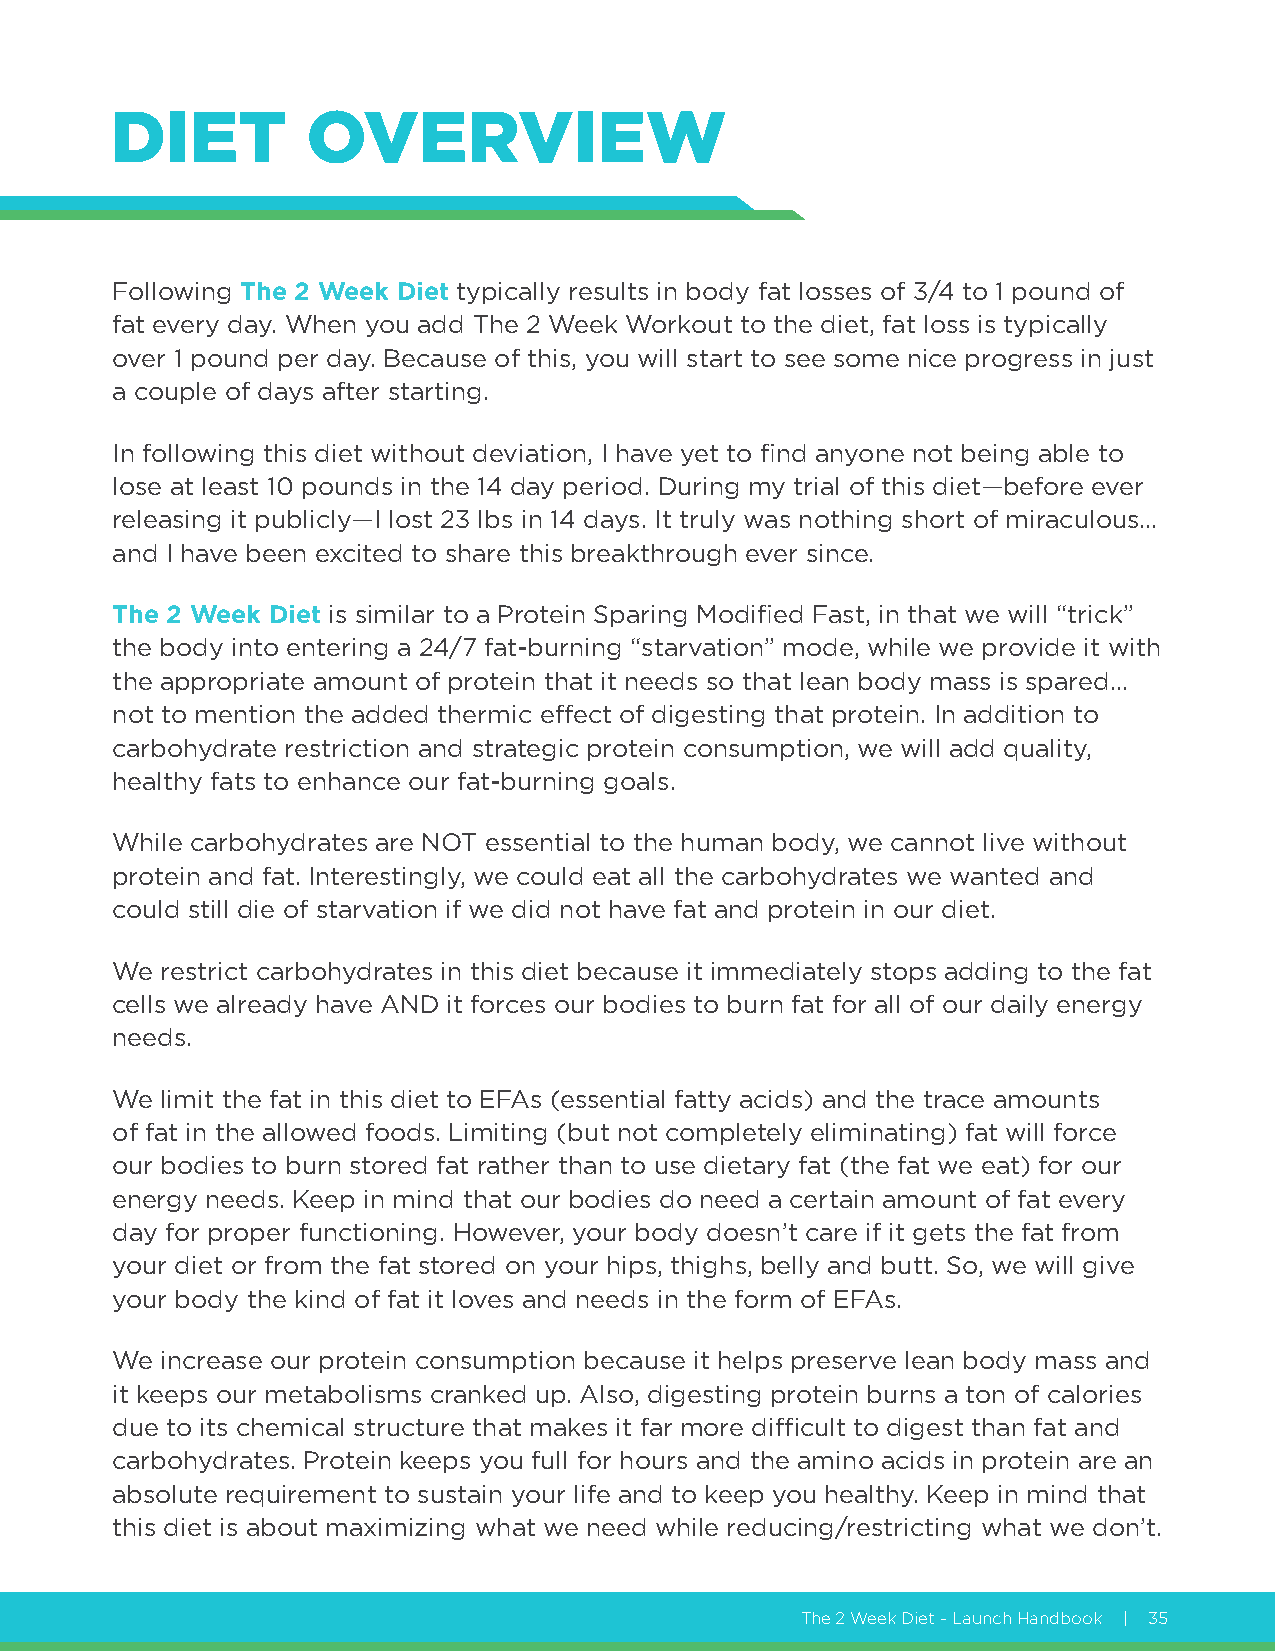
DIET         OVERVIEW
 Following The 2 Week Diet typically results in body fat losses of 3/4 to 1 pound of
 fat every day. When you add The 2 Week Workout to the diet, fat loss is typically
 over 1 pound per day. Because of this, you will start to see some nice progress in just
 a couple of days after starting.
 In following this diet without deviation, I have yet to find anyone not being able to
 lose at least 10 pounds in the 14 day period. During my trial of this diet—before ever
 releasing it publicly—I lost 23 lbs in 14 days. It truly was nothing short of miraculous…
 and I have been excited to share this breakthrough ever since.
 The 2 Week Diet is similar to a Protein Sparing Modified Fast, in that we will “trick”
 the body into entering a 24/7 fat-burning “starvation” mode, while we provide it with
 the appropriate amount of protein that it needs so that lean body mass is spared…
 not to mention the added thermic effect of digesting that protein. In addition to
 carbohydrate restriction and strategic protein consumption, we will add quality,
 healthy fats to enhance our fat-burning goals.
 While carbohydrates are NOT essential to the human body, we cannot live without
 protein and fat. Interestingly, we could eat all the carbohydrates we wanted and
 could still die of starvation if we did not have fat and protein in our diet.
 We  restrict carbohydrates in this diet because it immediately stops adding to the fat
 cells we already have AND it forces our bodies to burn fat for all of our daily energy
 needs.
 We  limit the fat in this diet to EFAs (essential fatty acids) and the trace amounts
 of fat in the allowed foods. Limiting (but not completely eliminating) fat will force
 our bodies to burn stored fat rather than to use dietary fat (the fat we eat) for our
 energy needs. Keep in mind that our bodies do need a certain amount of fat every
 day for proper functioning. However, your body doesn’t care if it gets the fat from
 your diet or from the fat stored on your hips, thighs, belly and butt. So, we will give
 your body the kind of fat it loves and needs in the form of EFAs.
 We  increase our protein consumption because it helps preserve lean body mass and
 it keeps our metabolisms cranked up. Also, digesting protein burns a ton of calories
 due to its chemical structure that makes it far more difficult to digest than fat and
 carbohydrates. Protein keeps you full for hours and the amino acids in protein are an
 absolute requirement to sustain your life and to keep you healthy. Keep in mind that
 this diet is about maximizing what we need while reducing/restricting what we don’t.
 The 2 Week Diet - Launch Handbook | 35